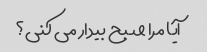
آیا مرا صبح بیدار می کنی؟